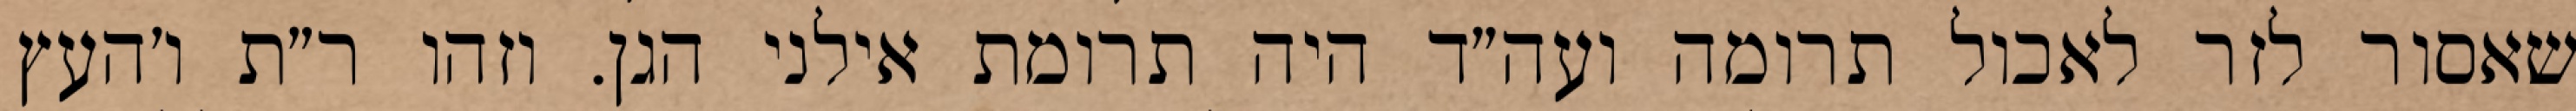
שאסור לזר לאכול תרומה ועה״ד היה תרומת אילני הגן. וזהו ר״ת ו׳העץ